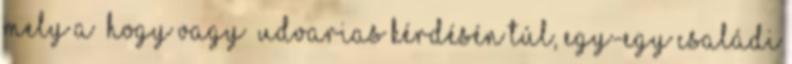
mely a „hogy vagy” udvarias kérdésén túl, egy-egy családi